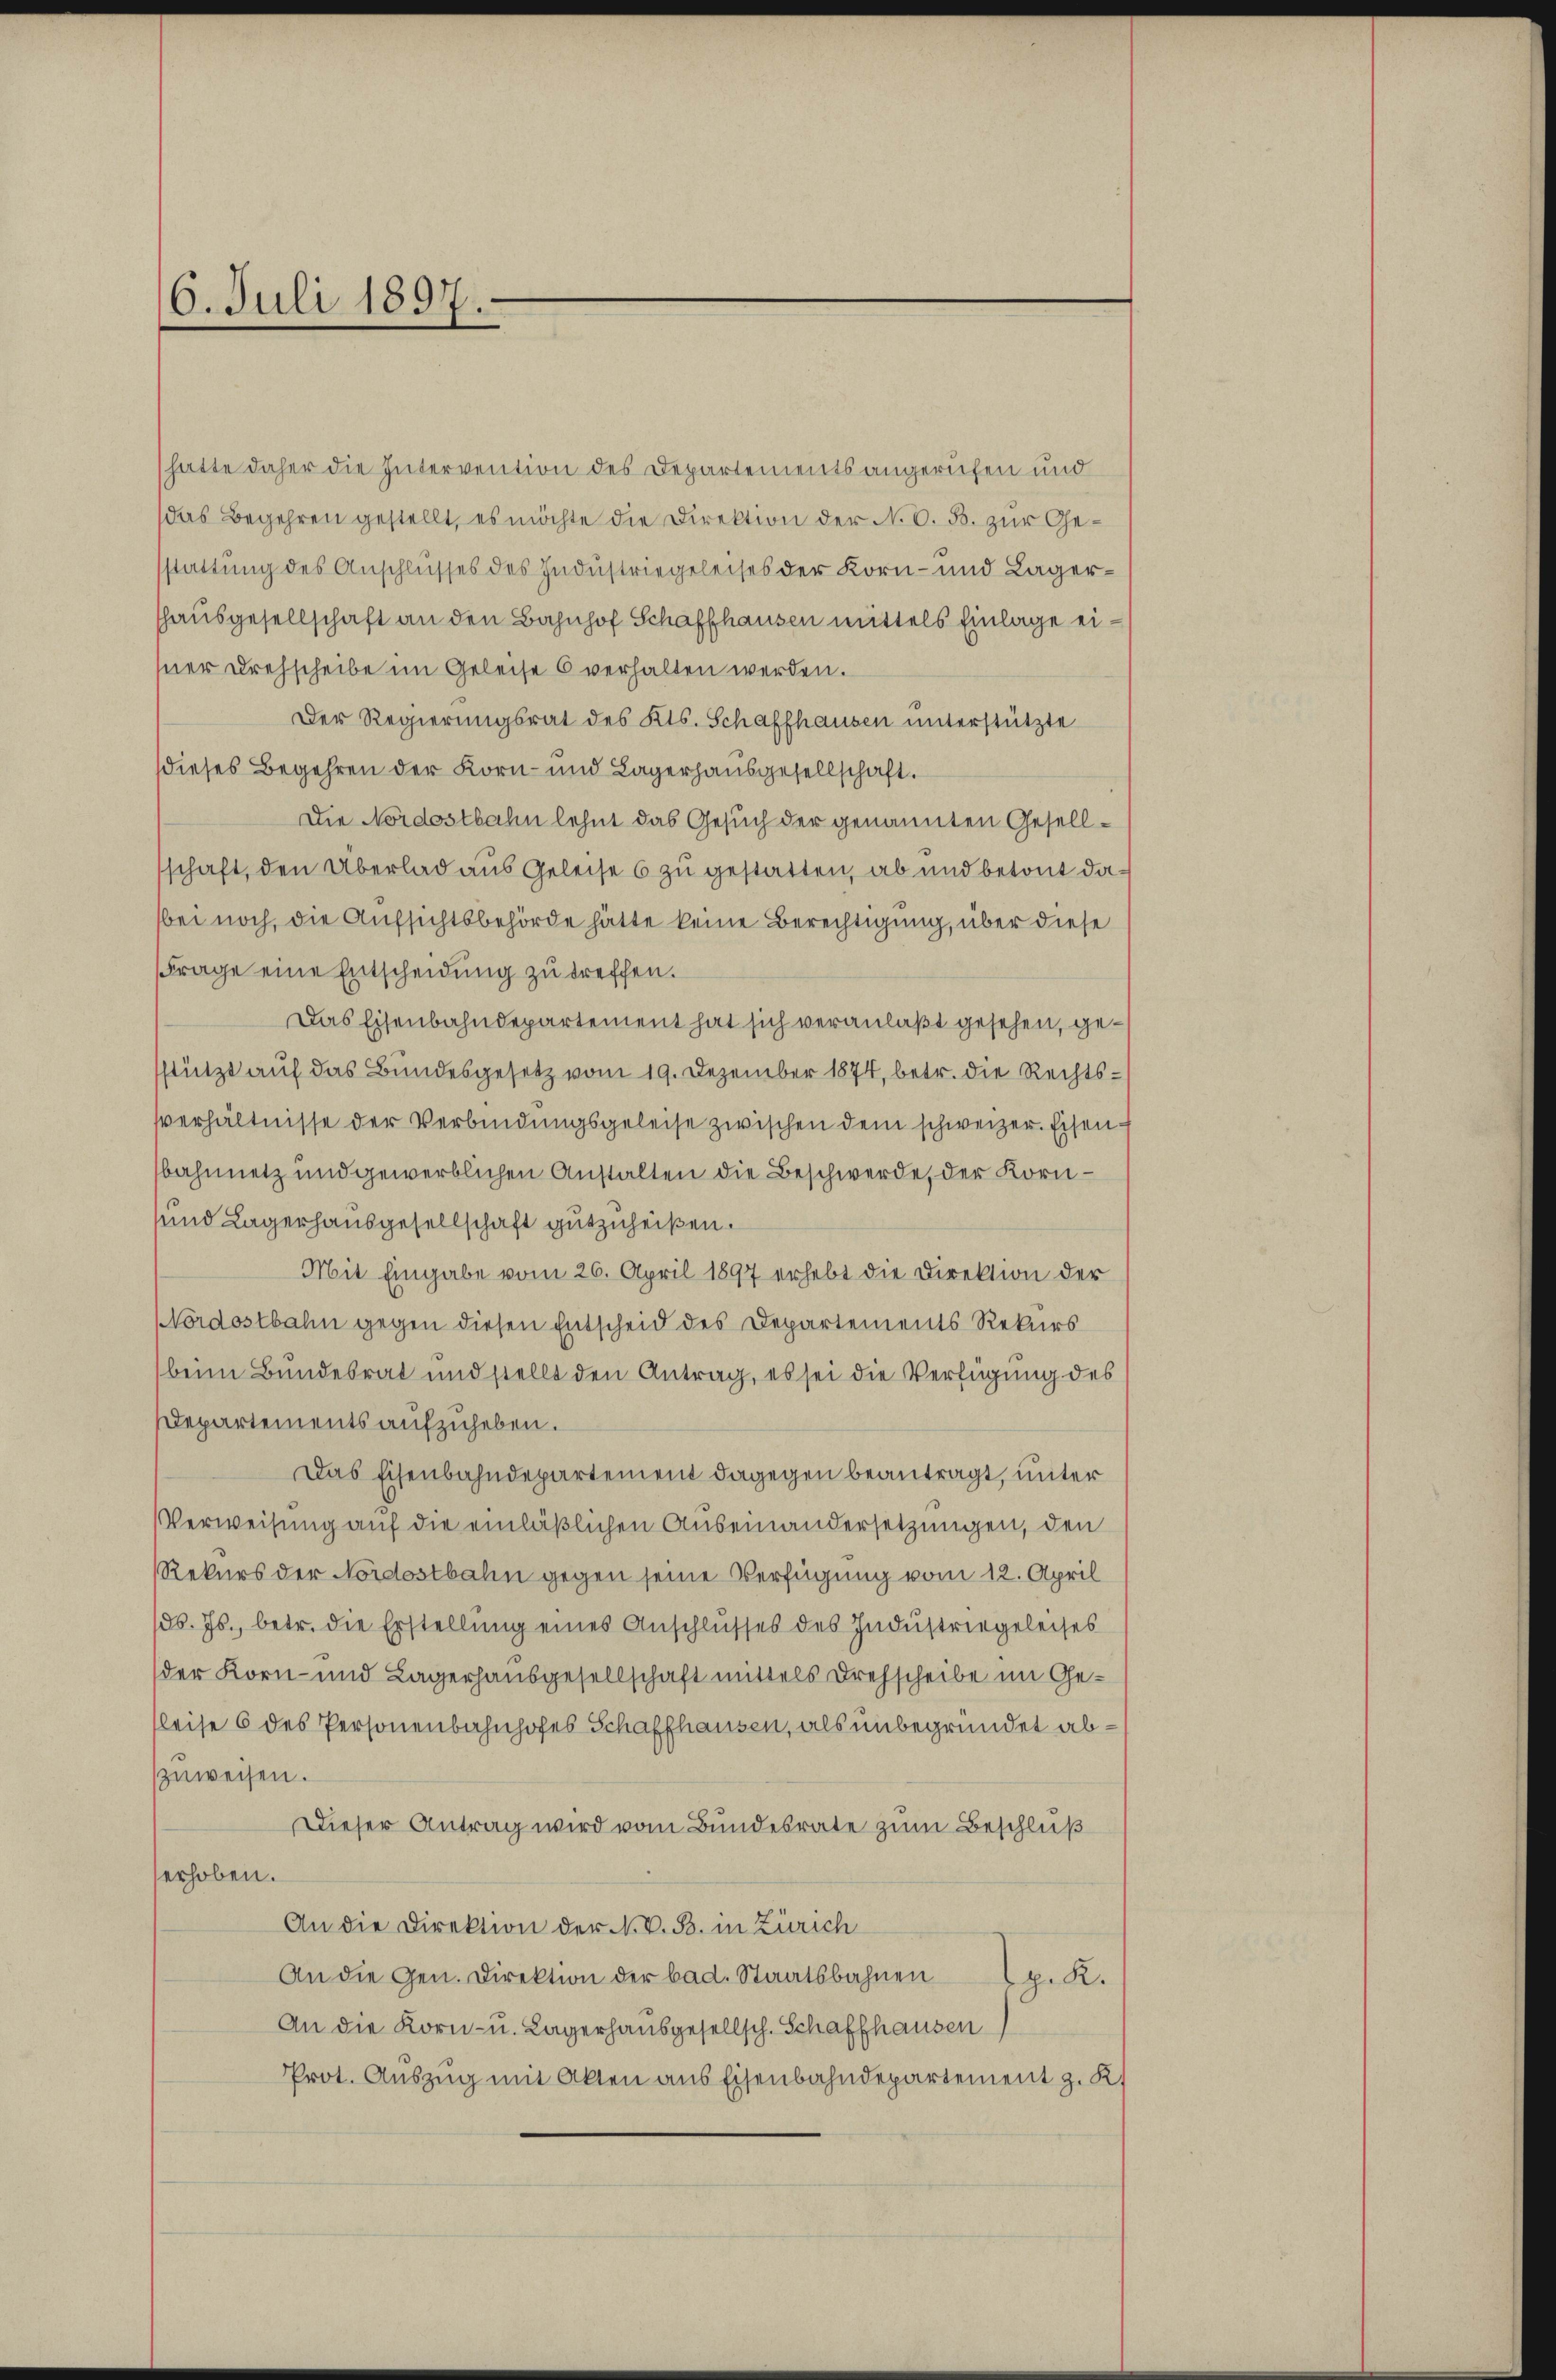
6. Juli 1897.

hatte daher die Intervention des Departementsangerufen und
das Begehren gestellt, es möchte die Direktion der N. O. B. zur Gestattung des Anschlusses des Industriegeleises der Korn- und Lagerhausgesellschaft an den Bahnhof Schaffhausen mittels Einlage eisner Drehscheibe im Geleise 6 verhalten werden.
Der Regierungsrat des Kts. Schaffhausen unterstützte
dieses Begehren der Korn- und Lagerhausgesellschaft.
Die Nordostbahn lehnt das Gesuch der genannten Gesellschaft, den Überlad aus Geleise 6 zu gestatten, ab und betont dabei noch, die Aufsichtsbehörde hätte keine Berechtigung, über diese
Frage eine Entscheidung zu treffen.
Das Eisenbahndepartement hat sich veranlaßt gesehen, gestützt auf das Bundesgesetz vom 19. Dezember 1874, betr. die Rechtsverhältnisse der Verbindŭngsgeleise zwischen dem schweizer. Eisen-
bahnnetz und gewerblichen Anstalten die Beschwerde, der Korn¬
und Lagerhausgesellschaft gutzuheißen.
Mit Eingabe vom 26. April 1897 erhebt die Direktion der
Nordostbahn gegen diesen Entscheid des Departements Rekurs
beim Bundesrat und stellt den Antrag, es sei die Verfügung des
Departements aufzuheben.
Das Eisenbahndepartement dagegen beantragt, unter
Verweisung auf die einläßlichen Auseinandersetzungen, den
Rekurs der Nordostbahn gegen seine Verfügung vom 12. April
d. Js., betr. die Erstellung eines Anschlusses des Industriegeleises
der Korn- und Lagerhausgesellschaft mittels Drehscheibe im Geleise 6 des Personenbahnhofes Schaffhausen, als unbegründet abzuweisen.
Dieser Antrag wird vom Bundesrate zum Beschluß
erhoben.
An die Direktion der N. V. B. in Zürich
An die Gen. Direktion der bad. Staatsbahnen
H. K.
An die Korn- u. Lagerhausgesellsch. Schaffhausen
Prot. Auszug mit Akten aus Eisenbahndepartement z. K.